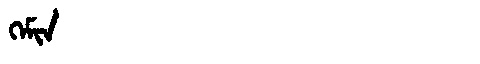
Manchu: ᡴᡝᠮᡳᠨ
Romanization: KEMIN